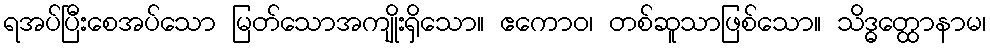
ရအပ်ပြီးစေအပ်သော မြတ်သောအကျိုးရှိသော။ ဧကောဝ၊ တစ်ဆူသာဖြစ်သော။ သိဒ္ဓတ္ထောနာမ၊